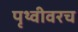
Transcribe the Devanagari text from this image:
पृथ्वीवरच